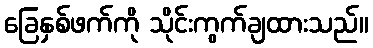
ခြေနှစ်ဖက်ကို သိုင်းကွက်ချထားသည်။